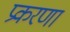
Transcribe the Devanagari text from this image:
प्रकरणा